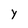
Character: y